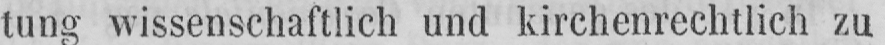
tung wissenschaftlich und kirchenrechtlich zu